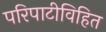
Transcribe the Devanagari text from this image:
परिपाटीविहित